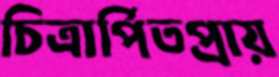
চিত্রার্পিতপ্রায়